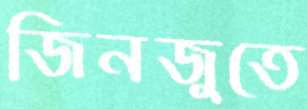
জিনজুতে